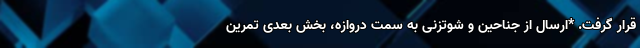
قرار گرفت. *ارسال از جناحین و شوتزنی به سمت دروازه، بخش بعدی تمرین